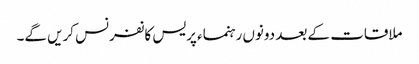
ملاقات کے بعد دونوں رہنماء پریس کانفرنس کریں گے۔